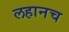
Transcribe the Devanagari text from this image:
लहानच